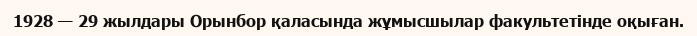
1928 — 29 жылдары Орынбор қаласында жұмысшылар факультетінде оқыған.